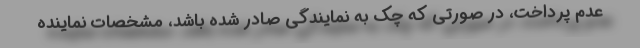
عدم پرداخت، در صورتی که چک به نمایندگی صادر شده باشد، مشخصات نماینده